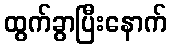
ထွက်ခွာပြီးနောက်